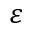
\varepsilon